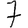
Digit: 7